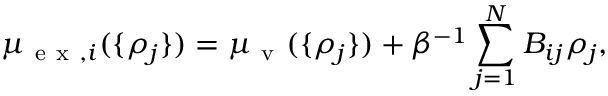
\mu _ { \mathrm { ~ e ~ x ~ } , i } ( \{ \rho _ { j } \} ) = \mu _ { \mathrm { ~ v ~ } } ( \{ \rho _ { j } \} ) + \beta ^ { - 1 } \sum _ { j = 1 } ^ { N } B _ { i j } \rho _ { j } ,